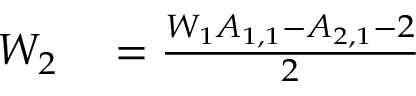
\begin{array} { r l } { W _ { 2 } } & { { } = \frac { W _ { 1 } A _ { 1 , 1 } - A _ { 2 , 1 } - 2 } { 2 } } \end{array}